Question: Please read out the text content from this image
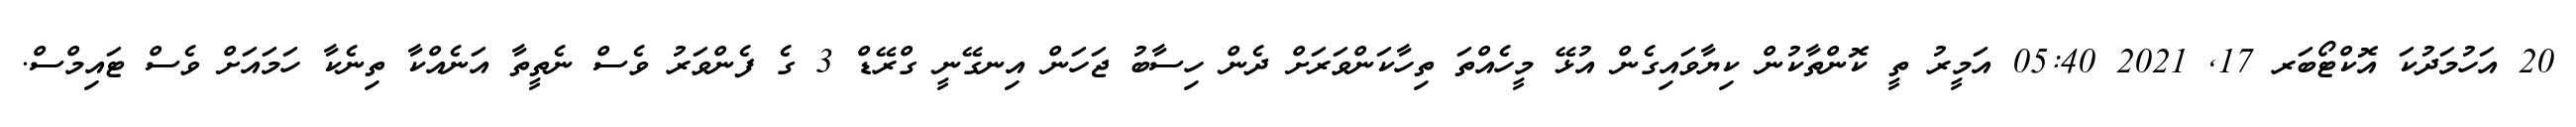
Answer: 20 އަހުމަދުކަ އޮކްޓޯބަރ 17, 2021 05:40 އަމީރު ތީ ކޮންތާކުން ކިޔާވައިގެން އުޅޭ މީހެއްތަ ތިހާކަންވަރަށް ދެން ހިސާބު ޖަހަން އިނގޭނީ ގްރޭޑް 3 ގެ ފެންވަރު ވެސް ނެތީތާ އަނެއްކާ ތިނެކާ ހަމައަށް ވެސް ޓައިމްސް.